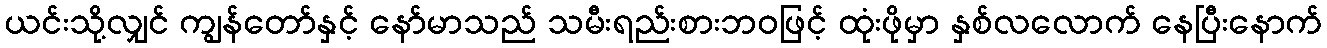
ယင်းသို့လျှင် ကျွန်တော်နှင့် နော်မာသည် သမီးရည်းစားဘဝဖြင့် ထုံးဖိုမှာ နှစ်လလောက် နေပြီးနောက်